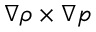
\nabla \rho \times \nabla p